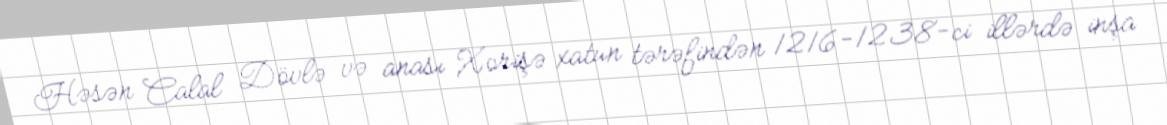
Həsən Calal Dövlə və anası Xorişə xatun tərəfindən 1216-1238-ci illərdə inşa